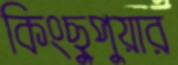
কিংছুপুয়ার